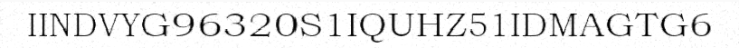
IINDVYG96320S1IQUHZ51IDMAGTG6